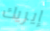
إيريك